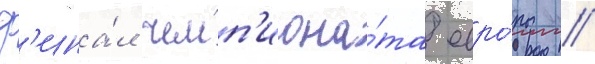
Ф'ина́л чемп'иона́та евро́пы //